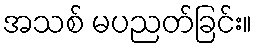
အသစ် မပညတ်ခြင်း။